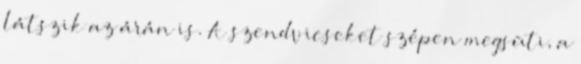
látszik az árán is. A szendvicseket szépen megsüti, a